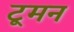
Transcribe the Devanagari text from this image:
टूमन